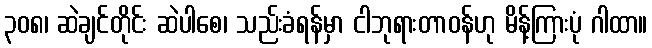
၃၀၈၊ ဆဲချင်တိုင်း ဆဲပါစေ၊ သည်းခံရန်မှာ ငါဘုရားတာဝန်ဟု မိန့်ကြားပုံ ဂါထာ။